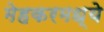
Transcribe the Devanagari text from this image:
मेहकरमध्ये